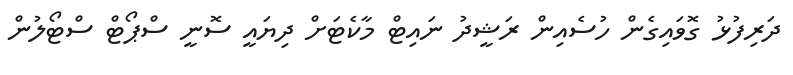
ދަރިފުޅު ގޮވައިގެން ހުސެއިން ރަޝީދު ނައިޓް މާކެޓަށް ދިޔައީ ސޮނީ ސްޕޯޓް ސްޓޯލުން